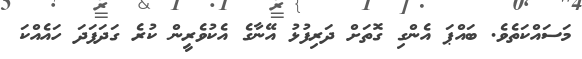
މަސައްކަތެވެ. ބައްޕަ އެންގި ގޮތަށް ދަރިފުޅު އޭނާގެ އެކުވެރީން ކުރެ ގަދަފަދަ ހައެއްކަ